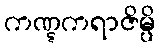
ကဏ္ဋကရာဇိမ္ပိ